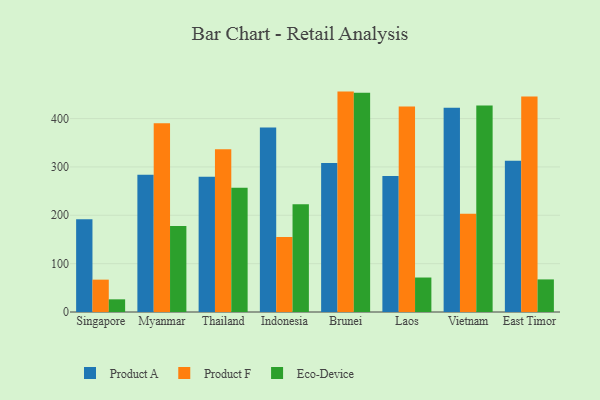
{"axis": {"x": "Country", "y": "Revenue (USD Million)"}, "legend": ["Eco-Device", "Product A", "Product F"], "data": [{"x": "Singapore", "y": 191.6, "type": "Product A"}, {"x": "Singapore", "y": 66.9, "type": "Product F"}, {"x": "Singapore", "y": 26.2, "type": "Eco-Device"}, {"x": "Myanmar", "y": 283.8, "type": "Product A"}, {"x": "Myanmar", "y": 390.2, "type": "Product F"}, {"x": "Myanmar", "y": 177.6, "type": "Eco-Device"}, {"x": "Thailand", "y": 279.7, "type": "Product A"}, {"x": "Thailand", "y": 336.4, "type": "Product F"}, {"x": "Thailand", "y": 256.8, "type": "Eco-Device"}, {"x": "Indonesia", "y": 381.5, "type": "Product A"}, {"x": "Indonesia", "y": 155.1, "type": "Product F"}, {"x": "Indonesia", "y": 222.6, "type": "Eco-Device"}, {"x": "Brunei", "y": 308.0, "type": "Product A"}, {"x": "Brunei", "y": 455.8, "type": "Product F"}, {"x": "Brunei", "y": 453.3, "type": "Eco-Device"}, {"x": "Laos", "y": 281.1, "type": "Product A"}, {"x": "Laos", "y": 425.2, "type": "Product F"}, {"x": "Laos", "y": 71.3, "type": "Eco-Device"}, {"x": "Vietnam", "y": 422.6, "type": "Product A"}, {"x": "Vietnam", "y": 203.3, "type": "Product F"}, {"x": "Vietnam", "y": 427.1, "type": "Eco-Device"}, {"x": "East Timor", "y": 312.9, "type": "Product A"}, {"x": "East Timor", "y": 445.8, "type": "Product F"}, {"x": "East Timor", "y": 67.4, "type": "Eco-Device"}]}